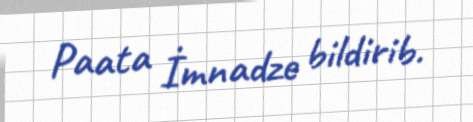
Paata İmnadze bildirib.